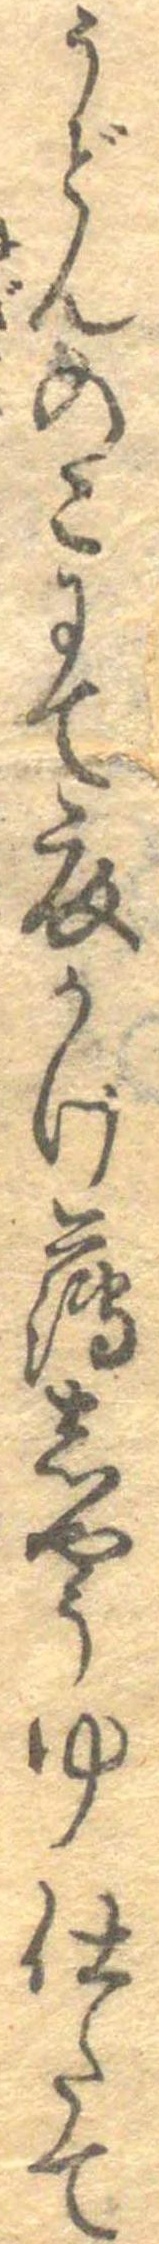
うどんのこにて衣かけ薄しやうゆ仕たて